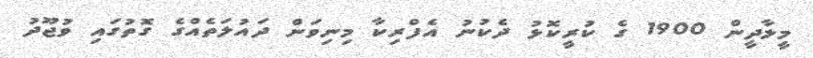
މީލާދީން 1900 ގެ ކުރީކޮޅު ދެކުނު އެފްރިކާ މިނިވަން ދައުލަތެއްގެ ގޮތުގައި ވުޖޫދު